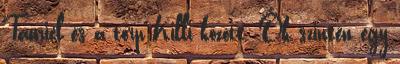
Tauriel és a törp Killi között. Ők szintén egy